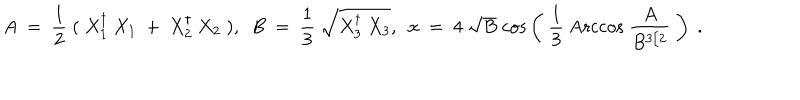
A ~ = ~ { \frac { 1 } { 2 } } \; ( \; X _ { 1 } ^ { \dagger } ~ X _ { 1 } ~ + ~ X _ { 2 } ^ { \dagger } ~ X _ { 2 } \; ) , ~ ~ B ~ = ~ { \frac { 1 } { 3 } } ~ \sqrt { X _ { 3 } ^ { \dagger } ~ X _ { 3 } } , ~ ~ x ~ = ~ 4 ~ \sqrt { B } \; \mathrm { c o s } \left( ~ { \frac { 1 } { 3 } } \; \mathrm { A r c c o s } ~ { \frac { ~ A ~ } { B ^ { 3 / 2 } } } ~ \right) \; .